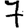
Digit: 7